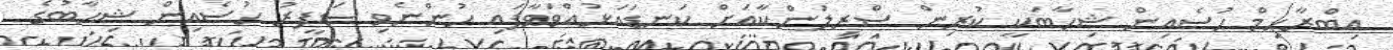
އިބްރާހިމް ހުސެއިން ޝިހާބަކީ ކުރިން ސްރިލަންކާއަށް ކަނޑައަޅުއްވަވާފައި ހުންނެވި ސަފީރު ހުސެއިން ޝިހާބުގެ